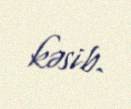
kəsib.